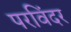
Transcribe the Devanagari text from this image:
परविंदर